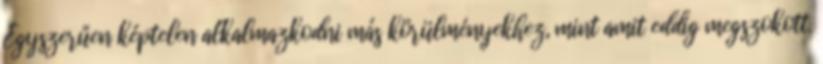
Egyszerűen képtelen alkalmazkodni más körülményekhez, mint amit eddig megszokott.